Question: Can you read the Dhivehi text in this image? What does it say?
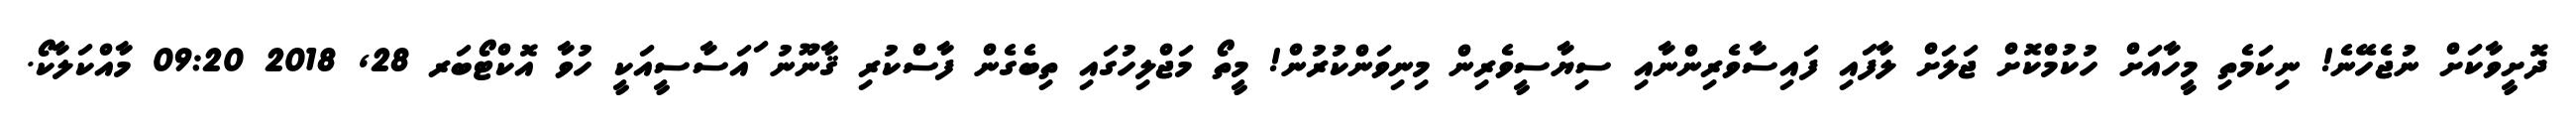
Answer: ދޮށީވާކަށް ނުޖެހޭނެ! ނިކަމެތި މީހާއަށް ހުކުމްކޮށް ޖަލަށް ލާފައި ފައިސާވެރިންނާއި ސިޔާސީވެރިން މިނިވަންކުރުން! މީތޯ މަޖްލިހުގައި ތިބެގެން ފާސްކުރި ޤާނޫނު ައަސާސީއަކީ ހުވާ އޮކްޓޯބަރ 28, 2018 09:20 މާއްކަލާކޯ.